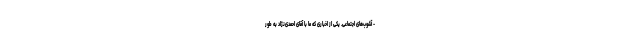
- آشوب‌های اجتماعی. یکی از اخباری که ما با آقای احمدی‌نژاد به طور